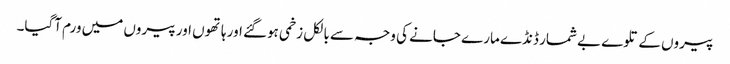
پیروں کے تلوے بے شمار ڈنڈے مارے جانے کی وجہ سے بالکل زخمی ہوگئے اور ہاتھوں اور پیروں میں ورم آگیا۔